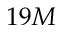
1 9 M